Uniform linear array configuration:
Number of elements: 32
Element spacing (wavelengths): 1
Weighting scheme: kaiser
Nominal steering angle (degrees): -60
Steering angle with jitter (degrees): -61.689
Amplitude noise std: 0.05
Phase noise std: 0.05

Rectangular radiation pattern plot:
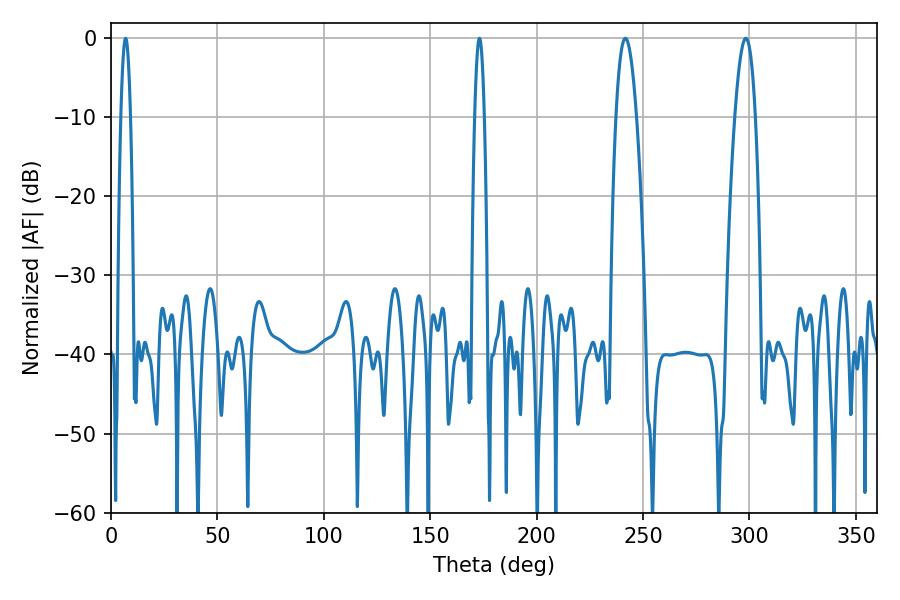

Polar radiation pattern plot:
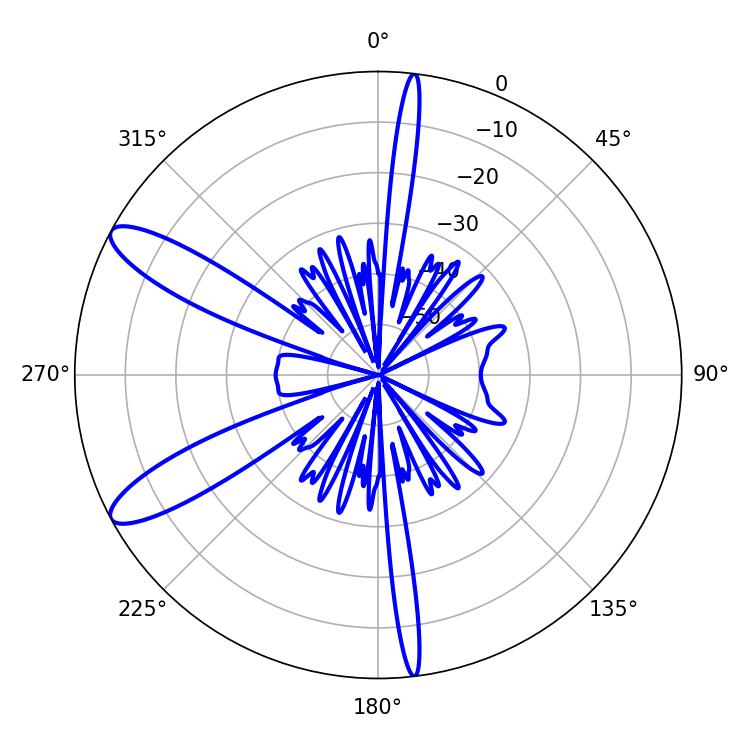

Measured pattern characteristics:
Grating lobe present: TRUE
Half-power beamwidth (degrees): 5.22
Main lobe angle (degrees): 241.74